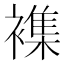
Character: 襍